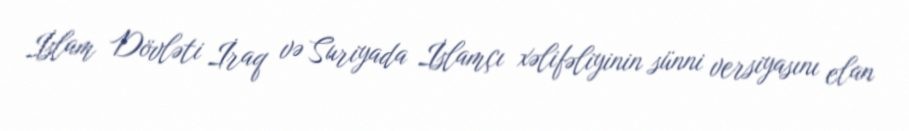
İslam Dövləti İraq və Suriyada İslamçı xəlifəliyinin sünni versiyasını elan